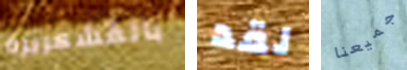
بالقشعريرة لقد جميعنا